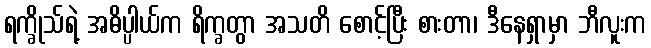
ရက္ခိုသ်ရဲ့ အဓိပ္ပါယ်က ရိက္ခတွာ အသတိ စောင့်ပြီး စားတာ၊ ဒီနေရှာမှာ ဘီလူးက